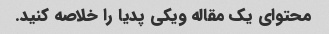
محتوای یک مقاله ویکی پدیا را خلاصه کنید.